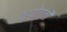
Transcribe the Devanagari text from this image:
प्रयोगांती